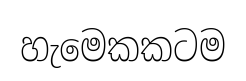
හැමෙකකටම